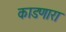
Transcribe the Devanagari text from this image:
काडणारा